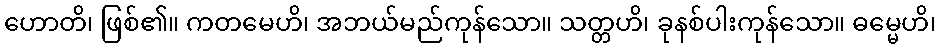
ဟောတိ၊ ဖြစ်၏။ ကတမေဟိ၊ အဘယ်မည်ကုန်သော။ သတ္တဟိ၊ ခုနစ်ပါးကုန်သော။ ဓမ္မေဟိ၊